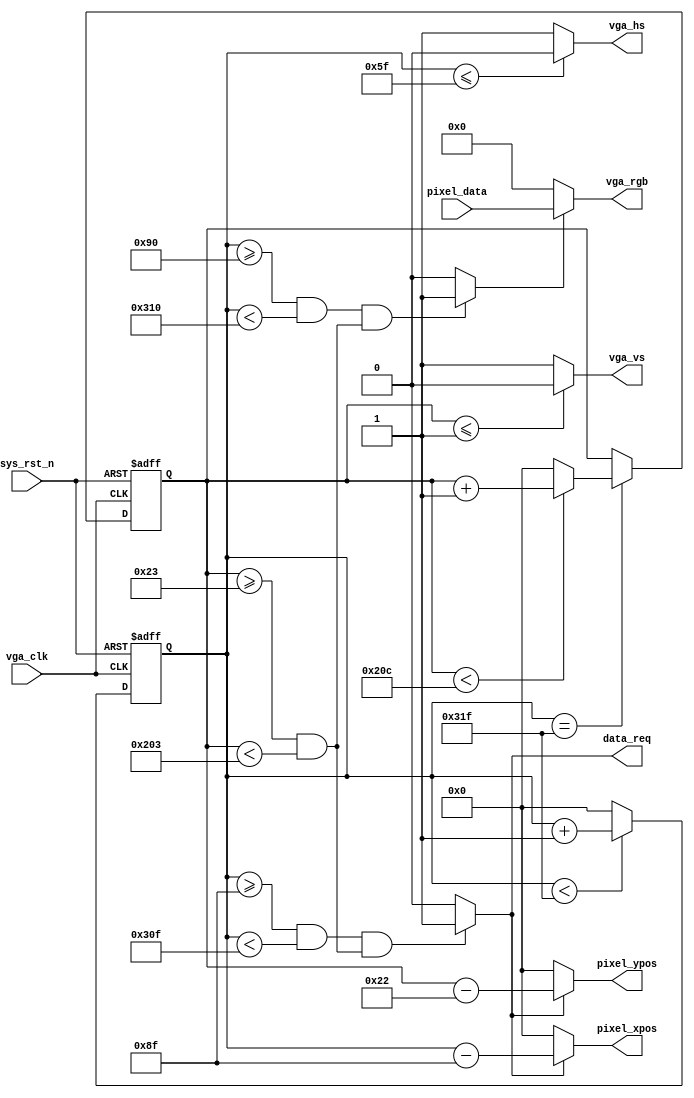
//****************************************Copyright (c)***********************************//
//www.openedv.com
//http://openedv.taobao.com 
//""FPGA & STM32
//
//Copyright(C)  2018-2028
//All rights reserved	                               
//----------------------------------------------------------------------------------------
// File name:           vga_driver
// Last modified Date:  2018/1/30 11:12:36
// Last Version:        V1.1
// Descriptions:        vga
//----------------------------------------------------------------------------------------
// Created by:          
// Created date:        2018/1/29 10:55:56
// Version:             V1.0
// Descriptions:        The original version
//
//----------------------------------------------------------------------------------------
// Modified by:		    
// Modified date:	    2018/1/30 11:12:36
// Version:			    V1.1
// Descriptions:	    vga
//
//----------------------------------------------------------------------------------------
//****************************************************************************************//

module vga_driver(
    input           vga_clk,      //VGA
    input           sys_rst_n,    //
    //VGA                          
    output          vga_hs,       //
    output          vga_vs,       //
    output  [15:0]  vga_rgb,      //

    input   [15:0]  pixel_data,   //
    output          data_req  ,   // 
    output  [10:0]  pixel_xpos,   //
    output  [10:0]  pixel_ypos    //    
    );                             

//parameter define  

//640*480 60FPS_25MHz
parameter  H_SYNC   =  10'd96;    //
parameter  H_BACK   =  10'd48;    //
parameter  H_DISP   =  10'd640;   //
parameter  H_FRONT  =  10'd16;    //
parameter  H_TOTAL  =  10'd800;   //

parameter  V_SYNC   =  10'd2;     //
parameter  V_BACK   =  10'd33;    //
parameter  V_DISP   =  10'd480;   //
parameter  V_FRONT  =  10'd10;    //
parameter  V_TOTAL  =  10'd525;   //

/*
//1024*768 60FPS_65MHz
parameter  H_SYNC   =  11'd136;   //     
parameter  H_BACK   =  11'd160;   //
parameter  H_DISP   =  11'd1024;  //
parameter  H_FRONT  =  11'd24;    //
parameter  H_TOTAL  =  11'd1344;  //  ,11

parameter  V_SYNC   =  11'd6;     //
parameter  V_BACK   =  11'd29;    //
parameter  V_DISP   =  11'd768;   //
parameter  V_FRONT  =  11'd3;     //
parameter  V_TOTAL  =  11'd806;   //
*/
//reg define                                     
reg  [10:0] cnt_h;               
reg  [10:0] cnt_v;

//wire define
wire       vga_en;

//*****************************************************
//**                    main code
//*****************************************************
//VGA
assign vga_hs  = (cnt_h <= H_SYNC - 1'b1) ? 1'b0 : 1'b1;
assign vga_vs  = (cnt_v <= V_SYNC - 1'b1) ? 1'b0 : 1'b1;

//RGB565
assign vga_en  = (((cnt_h >= H_SYNC+H_BACK) && (cnt_h < H_SYNC+H_BACK+H_DISP))
                 &&((cnt_v >= V_SYNC+V_BACK) && (cnt_v < V_SYNC+V_BACK+V_DISP)))
                 ?  1'b1 : 1'b0;
                 
//RGB565                 
assign vga_rgb = vga_en ? pixel_data : 16'd0;

//                
assign data_req = (((cnt_h >= H_SYNC+H_BACK-1'b1) && (cnt_h < H_SYNC+H_BACK+H_DISP-1'b1))
                  && ((cnt_v >= V_SYNC+V_BACK) && (cnt_v < V_SYNC+V_BACK+V_DISP)))
                  ?  1'b1 : 1'b0;

//                
assign pixel_xpos = data_req ? (cnt_h - (H_SYNC + H_BACK - 1'b1)) : 10'd0;
assign pixel_ypos = data_req ? (cnt_v - (V_SYNC + V_BACK - 1'b1)) : 10'd0;

//
always @(posedge vga_clk or negedge sys_rst_n) begin         
    if (!sys_rst_n)
        cnt_h <= 10'd0;                                  
    else begin
        if(cnt_h < H_TOTAL - 1'b1)                                               
            cnt_h <= cnt_h + 1'b1;                               
        else 
            cnt_h <= 10'd0;  
    end
end

//
always @(posedge vga_clk or negedge sys_rst_n) begin         
    if (!sys_rst_n)
        cnt_v <= 10'd0;                                  
    else if(cnt_h == H_TOTAL - 1'b1) begin
        if(cnt_v < V_TOTAL - 1'b1)                                               
            cnt_v <= cnt_v + 1'b1;                               
        else 
            cnt_v <= 10'd0;  
    end
end

endmodule